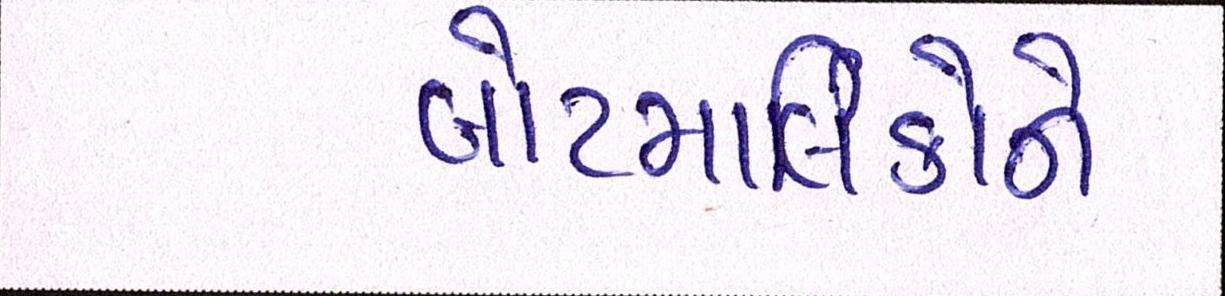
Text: બોટમાલીકોને